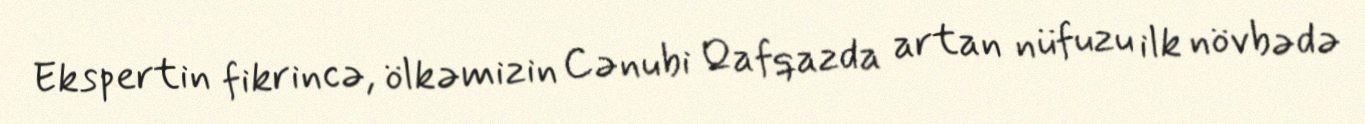
Ekspertin fikrincə, ölkəmizin Cənubi Qafqazda artan nüfuzu ilk növbədə